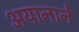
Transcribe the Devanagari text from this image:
अयानाने